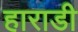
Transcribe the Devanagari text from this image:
हाराडी